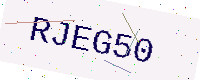
Text: RJEG50